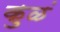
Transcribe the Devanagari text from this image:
कुळं